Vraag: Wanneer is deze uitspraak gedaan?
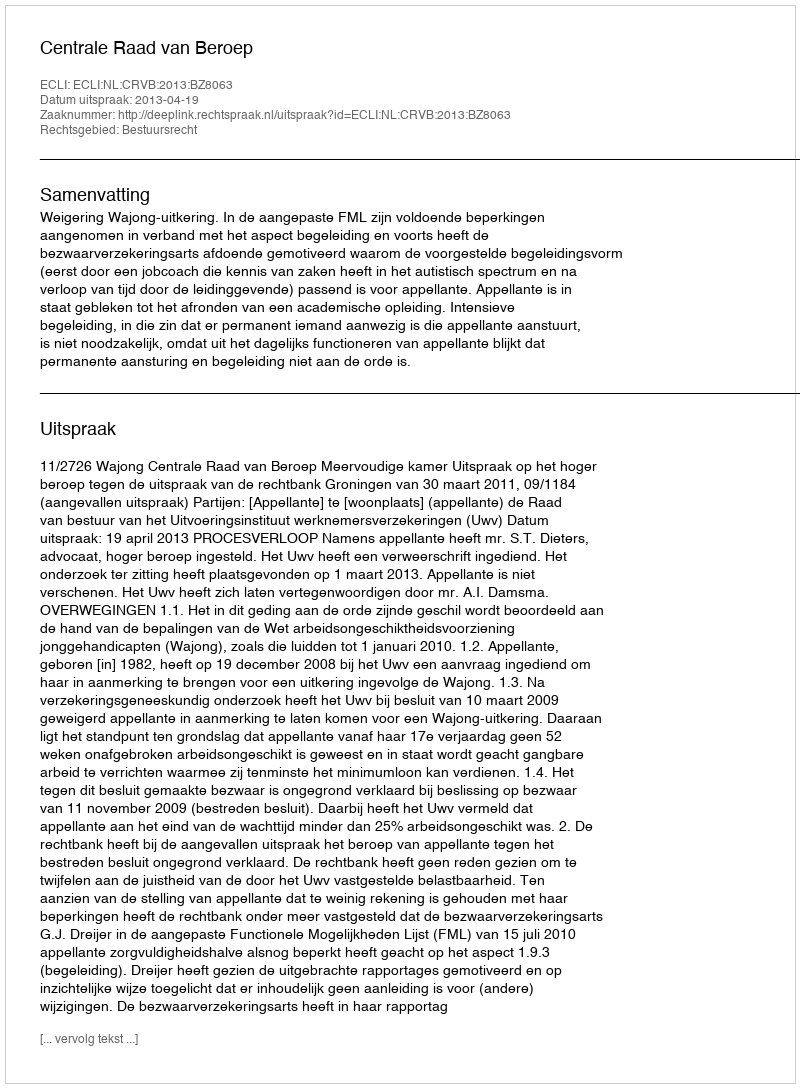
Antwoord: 2013-04-19